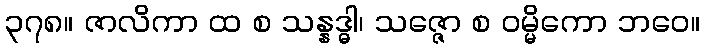
၃၇၈။ ဇာလိကာ ထ စ သန္နဒ္ဓါ၊ သဇ္ဇော စ ဝမ္မိကော ဘဝေ။